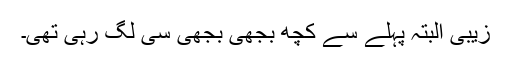
زیبی البتہ پہلے سے کچھ بجھی بجھی سی لگ رہی تھی۔